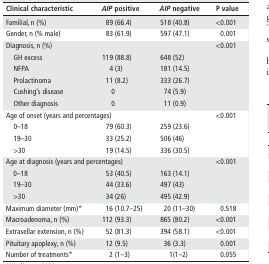
<table><thead><tr><td><b>Clinical characteristic</b></td><td><b><i>AIP</i> positive</b></td><td><b><i>AIP</i> negative</b></td><td><b>P value</b></td></tr></thead><tbody><tr><td>Familial, n (%)</td><td>89 (66.4)</td><td>518 (40.8)</td><td>&lt;0.001</td></tr><tr><td>Gender, n (% male)</td><td>83 (61.9)</td><td>597 (47.1)</td><td>0.001</td></tr><tr><td colspan="3">Diagnosis, n (%)</td><td rowspan="6">&lt;0.001</td></tr><tr><td> GH excess</td><td>119 (88.8)</td><td>648 (52)</td></tr><tr><td> NFPA</td><td>4 (3)</td><td>181 (14.5)</td></tr><tr><td> Prolactinoma</td><td>11 (8.2)</td><td>333 (26.7)</td></tr><tr><td> Cushing’s disease</td><td>0</td><td>74 (5.9)</td></tr><tr><td> Other diagnosis</td><td>0</td><td>11 (0.9)</td></tr><tr><td colspan="3">Age of onset (years and percentages)</td><td rowspan="4">&lt;0.001</td></tr><tr><td> 0–18</td><td>79 (60.3)</td><td>259 (23.6)</td></tr><tr><td> 19–30</td><td>33 (25.2)</td><td>506 (46)</td></tr><tr><td> &gt;30</td><td>19 (14.5)</td><td>336 (30.5)</td></tr><tr><td colspan="3">Age at diagnosis (years and percentages)</td><td rowspan="4">&lt;0.001</td></tr><tr><td> 0–18</td><td>53 (40.5)</td><td>163 (14.1)</td></tr><tr><td> 19–30</td><td>44 (33.6)</td><td>497 (43)</td></tr><tr><td> &gt;30</td><td>34 (26)</td><td>495 (42.9)</td></tr><tr><td>Maximum diameter (mm)*</td><td>16 (10.7–25)</td><td>20 (11–30)</td><td>0.518</td></tr><tr><td>Macroadenoma, n (%)</td><td>112 (93.3)</td><td>865 (80.2)</td><td>&lt;0.001</td></tr><tr><td>Extrasellar extension, n (%)</td><td>52 (81.3)</td><td>394 (58.1)</td><td>&lt;0.001</td></tr><tr><td>Pituitary apoplexy, n (%)</td><td>12 (9.5)</td><td>36 (3.3)</td><td>0.001</td></tr><tr><td>Number of treatments*</td><td>2 (1–3)</td><td>1(1–2)</td><td>0.055</td></tr></tbody></table>